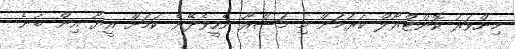
މިންވަރު ކޮންޓްރޯލް ކުރުމަށް މި މަޝްރޫ އެހީވެދޭނެ ކަމަށް އީޔޫ އިން ބުނެ